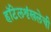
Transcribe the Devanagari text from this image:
हॉटेलशृंखलेची